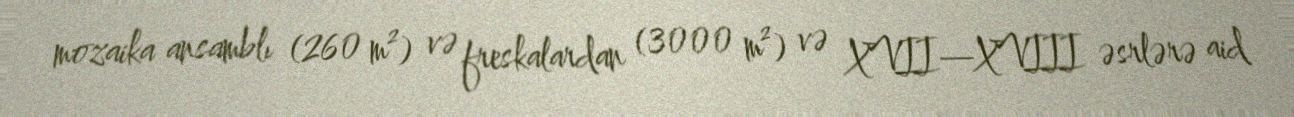
mozaika ansamblı (260 m²) və freskalardan (3000 m²) və XVII—XVIII əsrlərə aid